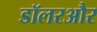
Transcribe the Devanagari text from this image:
डॉलरऔर